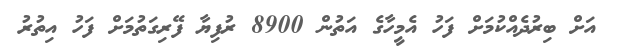
އަށް ބިރުދެއްކުމަށް ފަހު އެމީހާގެ އަތުން 8900 ރުފިޔާ ފޭރިގަތުމަށް ފަހު އިތުރު